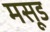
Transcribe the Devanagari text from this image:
मसूड